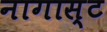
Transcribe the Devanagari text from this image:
नागास्ट